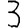
Digit: 3